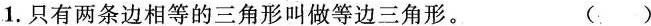
1.只有两条边相等的三角形叫做等边三角形。 ()